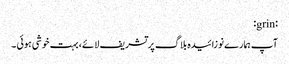
:grin:
آپ ہمارے نوزائیدہ بلاگ پر تشریف لائے، بہت خوشی ہوئی ۔